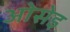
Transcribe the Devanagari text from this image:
ओसेइ